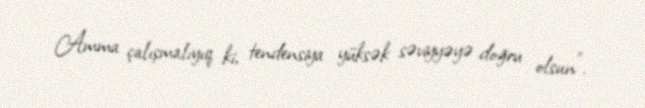
Amma çalışmalıyıq ki, tendensiya yüksək səviyyəyə doğru olsun".